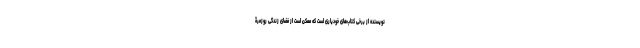
نویسنده از برخی کتاب‌های خودیاری است که ممکن است از فضای زندگی روزمرۀ